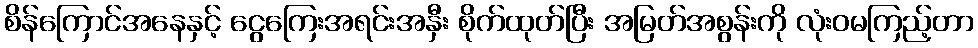
စိန်ကြောင်အနေနှင့် ငွေကြေးအရင်းအနှီး စိုက်ထုတ်ပြီး အမြတ်အစွန်းကို လုံးဝမကြည့်တာ